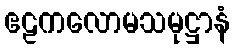
ဧဠကလောမသမုဋ္ဌာနံ